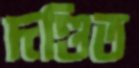
দণ্ডিত